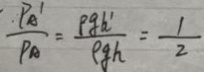
\frac { P _ { A } ^ { \prime } } { P _ { A } } = \frac { p g h ^ { \prime } } { \rho g h } = \frac { 1 } { 2 }